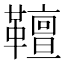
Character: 𩍕